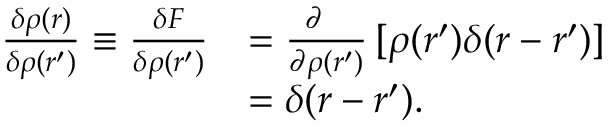
{ \begin{array} { r l } { { \frac { \delta \rho ( { \boldsymbol { r } } ) } { \delta \rho ( { \boldsymbol { r } } ^ { \prime } ) } } \equiv { \frac { \delta F } { \delta \rho ( { \boldsymbol { r } } ^ { \prime } ) } } } & { = { \frac { \partial \ \ } { \partial \rho ( { \boldsymbol { r } } ^ { \prime } ) } } \, [ \rho ( { \boldsymbol { r } } ^ { \prime } ) \delta ( { \boldsymbol { r } } - { \boldsymbol { r } } ^ { \prime } ) ] } \\ & { = \delta ( { \boldsymbol { r } } - { \boldsymbol { r } } ^ { \prime } ) . } \end{array} }